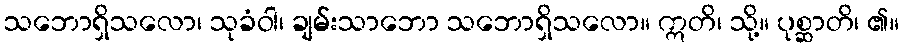
သဘောရှိသလော၊ သုခံဝါ၊ ချမ်းသာဘော သဘောရှိသလော။ ဣတိ၊ သို့။ ပုစ္ဆာတိ၊ ၏။